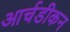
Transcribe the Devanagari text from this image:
आर्चडीकन